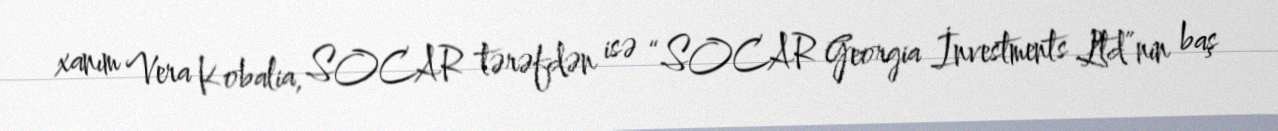
xanım Vera Kobalia, SOCAR tərəfdən isə “SOCAR Georgia İnvestments Ltd”nin baş